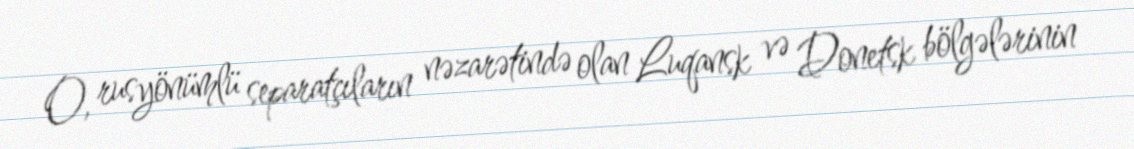
O, rusyönümlü separatçıların nəzarətində olan Luqansk və Donetsk bölgələrinin